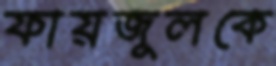
ফায়জুলকে